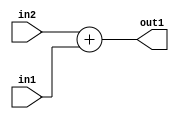
`timescale 1ps / 1ps
/*****************************************************************************
    Verilog RTL Description
    
    
    Created by: Stratus DpOpt 21.05.01 
*******************************************************************************/

module Filter_Add_5Ux1U_5U_1 (
	in2,
	in1,
	out1
	); /* architecture "behavioural" */ 
input [4:0] in2;
input  in1;
output [4:0] out1;
wire [4:0] asc001;

assign asc001 = 
	+(in2)
	+(in1);

assign out1 = asc001;
endmodule

/* CADENCE  urn3Tgw= : u9/ySxbfrwZIxEzHVQQV8Q== ** DO NOT EDIT THIS LINE ******/